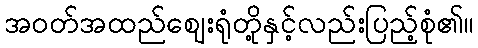
အဝတ်အထည်ဈေးရုံတို့နှင့်လည်းပြည့်စုံ၏။